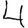
Digit: 4